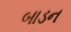
બાડન